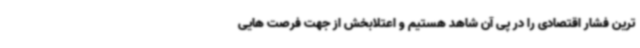
ترین فشار اقتصادی را در پی آن شاهد هستیم و اعتلابخش از جهت فرصت هایی